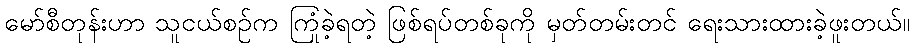
မော်စီတုန်းဟာ သူငယ်စဉ်က ကြုံခဲ့ရတဲ့ ဖြစ်ရပ်တစ်ခုကို မှတ်တမ်းတင် ရေးသားထားခဲ့ဖူးတယ်။